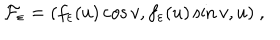
{ \cal F } _ { \varepsilon } = ( f _ { \varepsilon } ( u ) \cos v , f _ { \varepsilon } ( u ) \sin v , u ) ~ ,